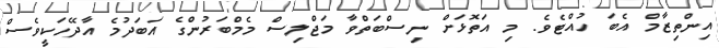
އިންތިޒާމް އެބަ ހުއްޓެވެ. މި އަތޮޅަށް ނިސްބަތްވާ މަޖްލިސް މެމްބަރުންގެ އަބަދުމެ އާދޭހަކީވެސް